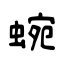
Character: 蜿